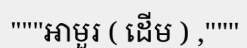
"""អាមួរ ( ដើម ) ,"""